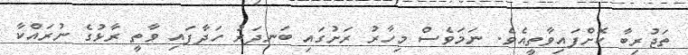
ތަޖުރިބާ ކޮށްފައިވާތީއެވެ. ނަމަވެސް މިހާރު ރަށުގައި ބަނދަރު ހަދާފައި ވާތީ ރާޅުގެ ނުރައްކާ